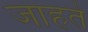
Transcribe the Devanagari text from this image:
जाहते